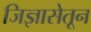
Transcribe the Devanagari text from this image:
जिज्ञासेतून